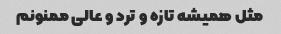
مثل همیشه تازه و ترد و عالی ممنونم